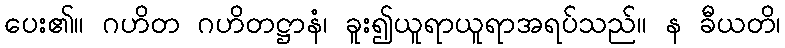
ပေး၏။ ဂဟိတ ဂဟိတဋ္ဌာနံ၊ ခူး၍ယူရာယူရာအရပ်သည်။ န ခီယတိ၊